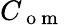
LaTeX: C_{\mathrm{~o~m~}}